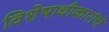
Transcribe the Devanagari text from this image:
विशेषाधीकारांचे